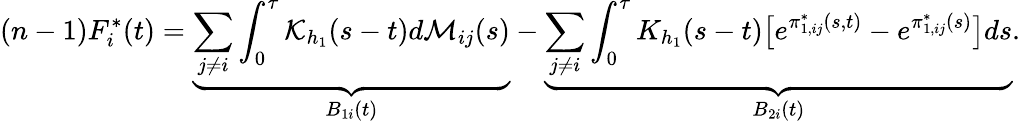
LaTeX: (n-1)F_{i}^{*}(t)=\underbrace{\sum_{j\neq i}\int_{0}^{\tau}\mathcal{K}_{h_{1}}(s-t)d\mathcal{M}_{ij}(s)}_{B_{1i}(t)}-\underbrace{\sum_{j\neq i}\int_{0}^{\tau}K_{h_{1}}(s-t)\big[e^{\pi_{1,ij}^{*}(s,t)}-e^{\pi_{1,ij}^{*}(s)}\big]ds}_{B_{2i}(t)}.